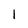
Character: l